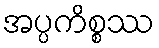
အပ္ပကိစ္စဿ